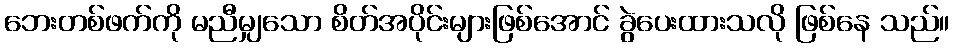
ဘေးတစ်ဖက်ကို မညီမျှသော စိတ်အပိုင်းများဖြစ်အောင် ခွဲပေးထားသလို ဖြစ်နေ သည်။